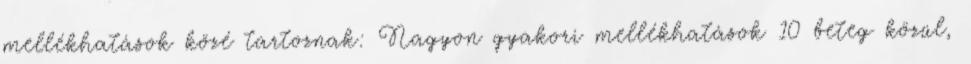
mellékhatások közé tartoznak: Nagyon gyakori mellékhatások 10 beteg közül,